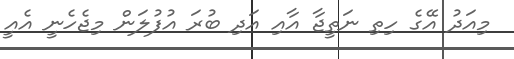
މިއަދު އޭގެ ހިތި ނަތީޖާ އާއި އަދި ބުރަ އުފުލަން މިޖެހެނީ އެއީ